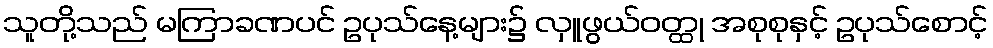
သူတို့သည် မကြာခဏပင် ဥပုသ်နေ့များ၌ လှူဖွယ်ဝတ္ထု အစုစုနှင့် ဥပုသ်စောင့်